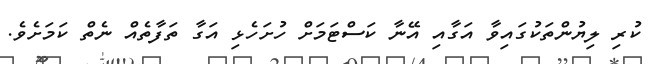
ކުރި ލިޔުންތަކުގައިވާ އަގާއި އޭނާ ކަސްޓަމަށް ހުށަހެޅި އަގާ ތަފާތެއް ނެތް ކަމަށެވެ.